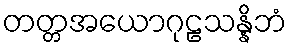
တတ္တအယောဂုဠသန္နိဘံ